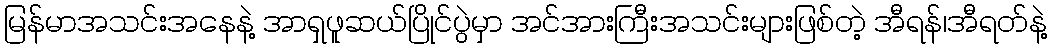
မြန်မာအသင်းအနေနဲ့ အာရှဖူဆယ်ပြိုင်ပွဲမှာ အင်အားကြီးအသင်းများဖြစ်တဲ့ အီရန်၊အီရတ်နဲ့